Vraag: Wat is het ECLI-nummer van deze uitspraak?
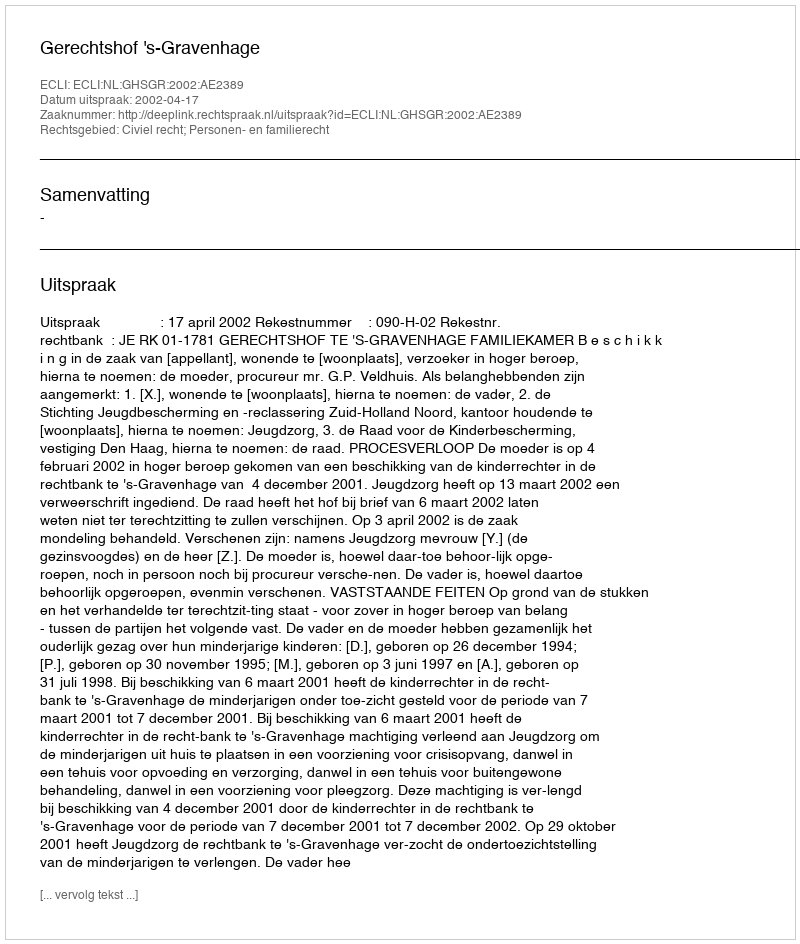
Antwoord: ECLI:NL:GHSGR:2002:AE2389